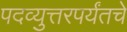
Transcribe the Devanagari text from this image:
पदव्युत्तरपर्यंतचे